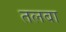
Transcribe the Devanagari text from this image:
तलबा